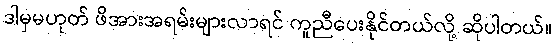
ဒါမှမဟုတ် ဖိအားအရမ်းများလာရင် ကူညီပေးနိုင်တယ်လို့ ဆိုပါတယ်။